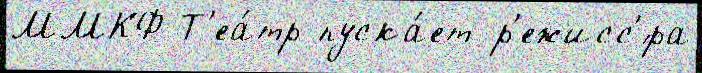
ММКФ Т'еа́тр пуска́ет р'ежисс'́ра